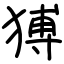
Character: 猼